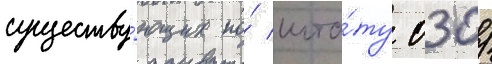
существу́ющих по́ шта́ту 030/